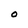
Character: O